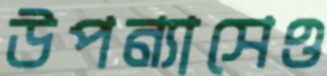
উপন্যাসেও